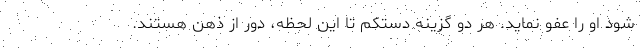
شود او را عفو نماید. هر دو گزینه دستکم تا این لحظه، دور از ذهن هستند.